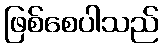
ဖြစ်စေပါသည်